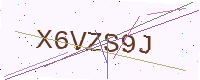
Text: X6VZS9J